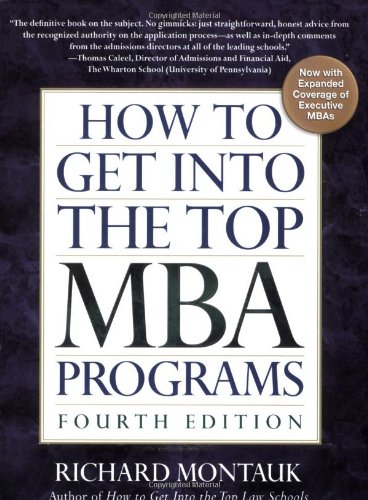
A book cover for How To Get Into the Top MBA Programs, 4th Edition; Richard Montauk J.D.; Education & Teaching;